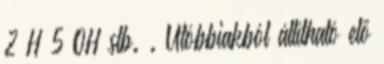
2 H 5 OH stb. . Utóbbiakból állítható elő